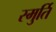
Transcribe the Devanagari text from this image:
स्मुर्ति